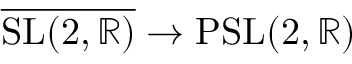
{ \overline { { \mathrm { S L } ( 2 , \mathbb { R } ) } } } \to \mathrm { P S L } ( 2 , \mathbb { R } )